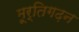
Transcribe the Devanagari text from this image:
मूर्तिगढ़न